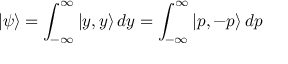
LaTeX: | \psi \rangle = \int _ { - \infty } ^ { \infty } | y , y \rangle \, d y = \int _ { - \infty } ^ { \infty } | p , - p \rangle \, d p